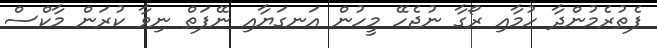
ފެތުރެމުންދާ ހުމާއި ރޯގާ ނުޖެހޭ މީހުން އަނގަޔާއި ނޭފަތް ނިވާ ކުރަން މާކްސް